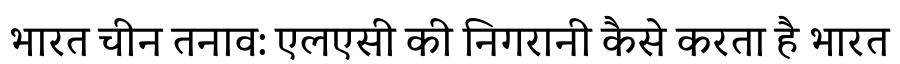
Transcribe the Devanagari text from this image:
भारत चीन तनाव: एलएसी की निगरानी कैसे करता है भारत